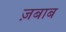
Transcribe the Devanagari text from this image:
ज़बाब